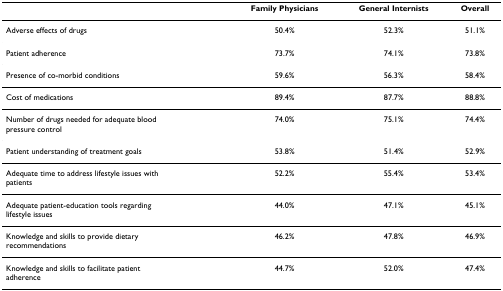
<table><thead><tr><td></td><td><b>Family Physicians</b></td><td><b>General Internists</b></td><td><b>Overall</b></td></tr></thead><tbody><tr><td>Adverse effects of drugs</td><td>50.4%</td><td>52.3%</td><td>51.1%</td></tr><tr><td>Patient adherence</td><td>73.7%</td><td>74.1%</td><td>73.8%</td></tr><tr><td>Presence of co-morbid conditions</td><td>59.6%</td><td>56.3%</td><td>58.4%</td></tr><tr><td>Cost of medications</td><td>89.4%</td><td>87.7%</td><td>88.8%</td></tr><tr><td>Number of drugs needed for adequate blood pressure control</td><td>74.0%</td><td>75.1%</td><td>74.4%</td></tr><tr><td>Patient understanding of treatment goals</td><td>53.8%</td><td>51.4%</td><td>52.9%</td></tr><tr><td>Adequate time to address lifestyle issues withpatients</td><td>52.2%</td><td>55.4%</td><td>53.4%</td></tr><tr><td>Adequate patient-education tools regarding lifestyle issues</td><td>44.0%</td><td>47.1%</td><td>45.1%</td></tr><tr><td>Knowledge and skills to provide dietary recommendations</td><td>46.2%</td><td>47.8%</td><td>46.9%</td></tr><tr><td>Knowledge and skills to facilitate patient adherence</td><td>44.7%</td><td>52.0%</td><td>47.4%</td></tr></tbody></table>